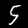
Label: 5